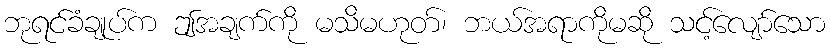
ဘုရင်ခံချုပ်က ဤအချက်ကို မသိမဟုတ်၊ ဘယ်အရာကိုမဆို သင့်လျော်သော